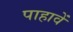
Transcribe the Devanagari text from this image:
पाहावें